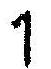
1